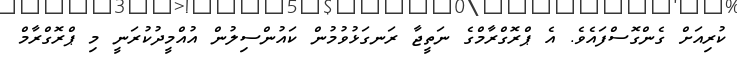
ކުރިއަށް ގެންގޮސްފައެވެ. އެ ޕްރޮގްރާމްގެ ނަތީޖާ ރަނގަޅުވުމުން ކައުންސިލުން އުއްމީދުކުރަނީ މި ޕްރޮގްރާމް